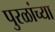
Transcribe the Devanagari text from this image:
पुरळांच्या